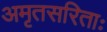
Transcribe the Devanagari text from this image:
अमृतसरिताः